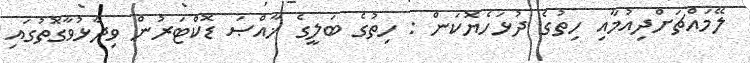
ލޭމައްޗަށްދިއުމާއި ހިތުގެ ދުޅަހެޔޮކަން : ހިތުގެ ބަލީގެ ޚާއްޞަ ޑޮކްޓަރުން ވިދާޅުވާގޮތުގައި